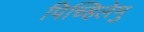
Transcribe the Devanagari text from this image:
पिच्हिलेमु